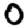
Digit: 0